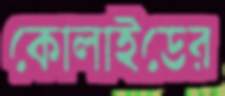
কোলাইডের